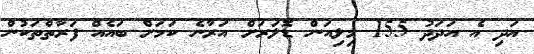
އަދި އެ އަދަދު 155 މިލިއަން ޑޮލަރަށް އަރާނެ ކަމަށް ބައެއް ފަރާތްތަކުން